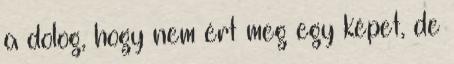
a dolog, hogy nem ért meg egy képet, de